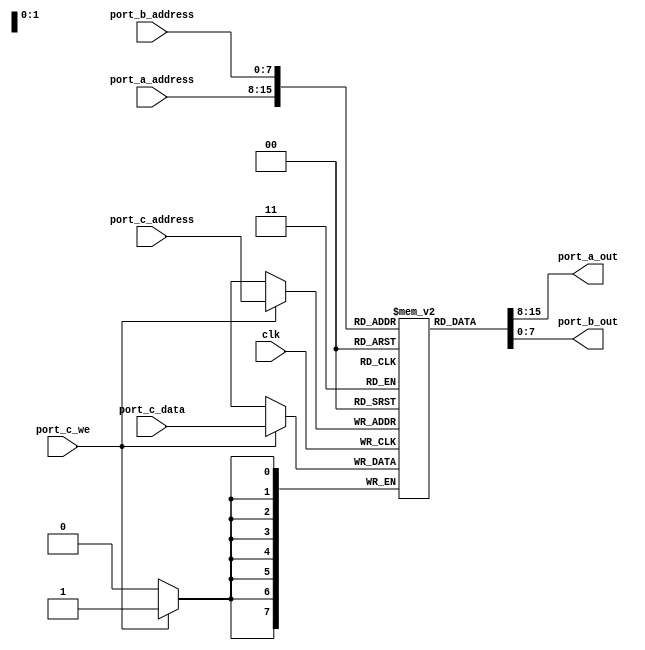
`timescale 1 ns / 100 ps
//Models the IP Core RAM 2-Port MLAB used in Quartus

module ram_word #(
    parameter WIDTH = 8,
    parameter AWIDTH = 8
) (
    clk,
    port_a_address,
    port_a_out,

    port_b_address,
    port_b_out,

    port_c_address,
    port_c_data,
    port_c_we
);

input clk;
input [AWIDTH-1:0] port_a_address;
output [WIDTH-1:0] port_a_out;

input [AWIDTH-1:0] port_b_address;
output [WIDTH-1:0] port_b_out;

input [AWIDTH-1:0] port_c_address;
input [WIDTH-1:0] port_c_data;
input port_c_we;

reg [WIDTH-1:0] MEM [(2**AWIDTH)-1:0];

always @(posedge clk) begin
	 if(port_c_we) begin
		  MEM[port_c_address] <= port_c_data;
	 end
end

assign port_a_out = MEM[port_a_address];
assign port_b_out = MEM[port_b_address];

endmodule